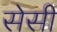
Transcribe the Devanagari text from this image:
सेसी